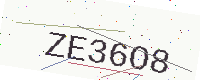
Text: ZE36O8